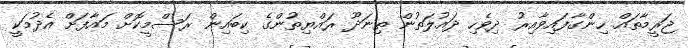
ޖަރީމާތައް ހިންގާފައިވާއިރު ދިވެހި ދައުލަތުން ތިނަދޫ ރައްޔިތުންގެ ކިބައިން ރަސްމީކޮށް މައާފަށް އެދުމަކީ